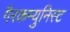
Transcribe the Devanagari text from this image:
गैरकम्युनिस्ट